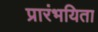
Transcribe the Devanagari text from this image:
प्रारंभयिता